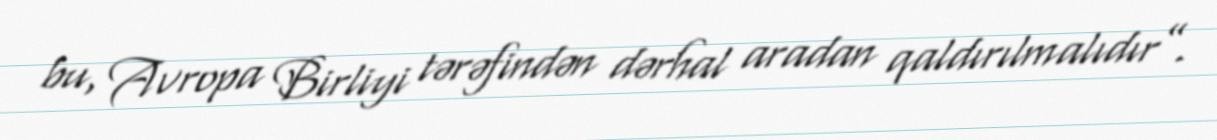
bu, Avropa Birliyi tərəfindən dərhal aradan qaldırılmalıdır”.